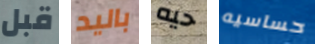
قبل باليد حيه حساسيه